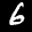
Label: 6